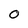
Character: 0